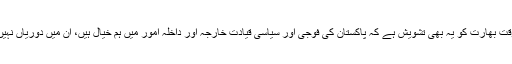
اس وقت بھارت کو یہ بھی تشویش ہے کہ پاکستان کی فوجی اور سیاسی قیادت خارجہ اور داخلہ امور میں ہم خیال ہیں، ان میں دوریاں نہیں ہیں۔